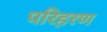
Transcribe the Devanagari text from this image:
परिहरण